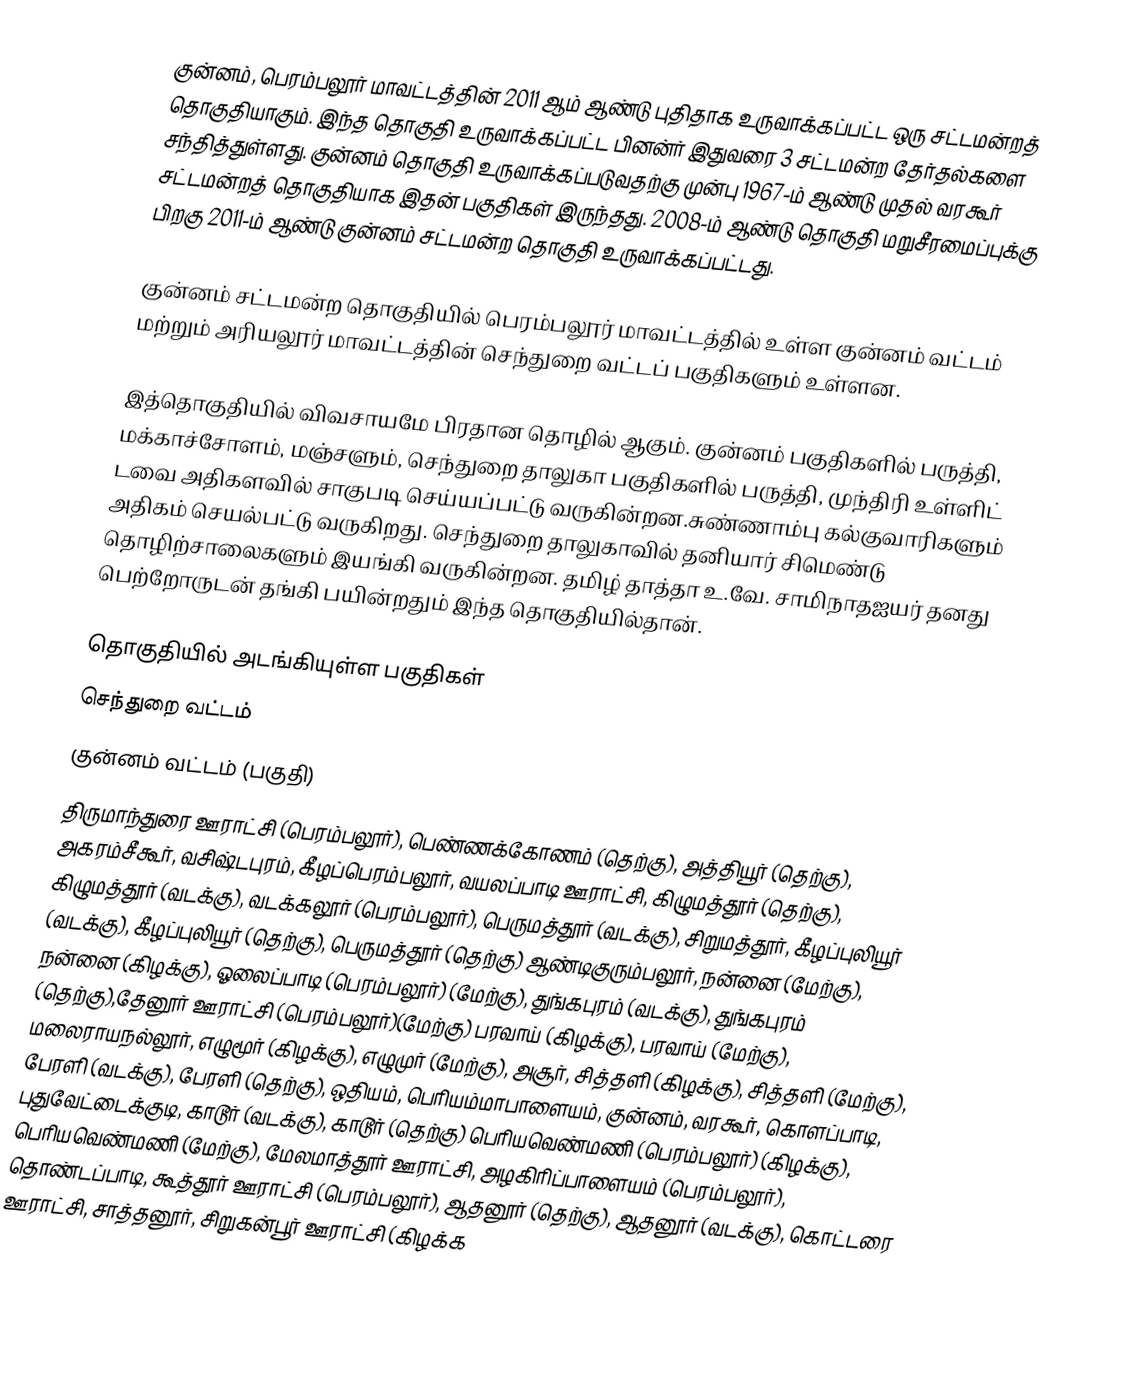
குன்னம், பெரம்பலூர் மாவட்டத்தின் 2011 ஆம் ஆண்டு புதிதாக உருவாக்கப்பட்ட ஒரு சட்டமன்றத் தொகுதியாகும். இந்த தொகுதி உருவாக்கப்பட்ட பினன்ர் இதுவரை 3 சட்டமன்ற தேர்தல்களை சந்தித்துள்ளது. குன்னம் தொகுதி உருவாக்கப்படுவதற்கு முன்பு 1967-ம் ஆண்டு முதல் வரகூர் சட்டமன்றத் தொகுதியாக இதன் பகுதிகள்  இருந்தது. 2008-ம் ஆண்டு தொகுதி மறுசீரமைப்புக்கு பிறகு 2011-ம் ஆண்டு குன்னம் சட்டமன்ற தொகுதி உருவாக்கப்பட்டது.

குன்னம் சட்டமன்ற தொகுதியில் பெரம்பலூர் மாவட்டத்தில் உள்ள குன்னம் வட்டம் மற்றும் அரியலூர் மாவட்டத்தின் செந்துறை வட்டப்  பகுதிகளும் உள்ளன.

இத்தொகுதியில் விவசாயமே பிரதான தொழில் ஆகும். குன்னம் பகுதிகளில் பருத்தி, மக்காச்சோளம், மஞ்சளும், செந்துறை தாலுகா பகுதிகளில் பருத்தி, முந்திரி உள்ளிட் டவை அதிகளவில் சாகுபடி செய்யப்பட்டு வருகின்றன.சுண்ணாம்பு கல்குவாரிகளும் அதிகம் செயல்பட்டு வருகிறது. செந்துறை தாலுகாவில் தனியார் சிமெண்டு தொழிற்சாலைகளும் இயங்கி வருகின்றன. தமிழ் தாத்தா உ.வே. சாமிநாதஐயர் தனது பெற்றோருடன் தங்கி பயின்றதும் இந்த தொகுதியில்தான்.

தொகுதியில் அடங்கியுள்ள பகுதிகள்
 செந்துறை வட்டம்
 குன்னம் வட்டம் (பகுதி)
திருமாந்துரை ஊராட்சி (பெரம்பலூர்), பெண்ணக்கோணம் (தெற்கு), அத்தியூர் (தெற்கு), அகரம்சீகூர், வசிஷ்டபுரம், கீழப்பெரம்பலூர், வயலப்பாடி ஊராட்சி,  கிழுமத்தூர் (தெற்கு), கிழுமத்தூர் (வடக்கு), வடக்கலூர் (பெரம்பலூர்), பெருமத்தூர் (வடக்கு), சிறுமத்தூர், கீழப்புலியூர் (வடக்கு), கீழப்புலியூர் (தெற்கு), பெருமத்தூர் (தெற்கு) ஆண்டிகுரும்பலூர், நன்னை (மேற்கு), நன்னை (கிழக்கு), ஓலைப்பாடி (பெரம்பலூர்) (மேற்கு), துங்கபுரம் (வடக்கு), துங்கபுரம் (தெற்கு),தேனூர் ஊராட்சி (பெரம்பலூர்)(மேற்கு) பரவாய் (கிழக்கு), பரவாய் (மேற்கு), மலைராயநல்லூர், எழுமூர் (கிழக்கு), எழுமுர் (மேற்கு), அசூர், சித்தளி (கிழக்கு), சித்தளி (மேற்கு), பேரளி (வடக்கு), பேரளி (தெற்கு), ஒதியம், பெரியம்மாபாளையம், குன்னம், வரகூர், கொளப்பாடி, புதுவேட்டைக்குடி, காடூர் (வடக்கு), காடூர் (தெற்கு) பெரியவெண்மணி (பெரம்பலூர்) (கிழக்கு), பெரியவெண்மணி (மேற்கு), மேலமாத்தூர் ஊராட்சி, அழகிரிப்பாளையம் (பெரம்பலூர்), தொண்டப்பாடி, கூத்தூர் ஊராட்சி (பெரம்பலூர்), ஆதனூர் (தெற்கு), ஆதனூர் (வடக்கு), கொட்டரை ஊராட்சி, சாத்தனூர், சிறுகன்பூர் ஊராட்சி (கிழக்க